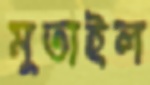
মুতাইল